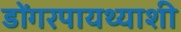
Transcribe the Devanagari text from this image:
डोंगरपायथ्याशी